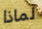
لماذا